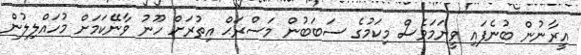
އީރާނުން ބުނެފައި ވީނަމަވެސް މިކަމުގެ ސަބަބުން މަސްރަޙް އިތުރަށް ހޫނު ވާނޭކަމަށް މުހައްލިލުން